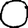
Digit: 0